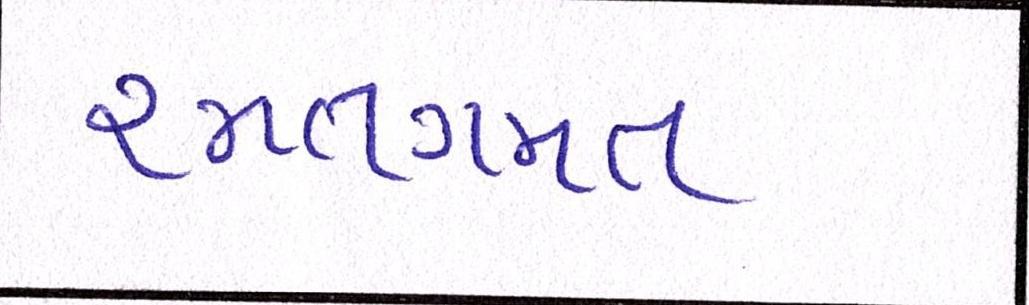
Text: રમતગમત